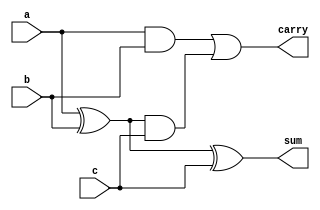
module full_adder_using_half_adder(input a,b,c,output sum,carry);
	 wire w1,w2,w3;
	 xor g1 (w1,a,b);
	 xor g2 (sum,w1,c);
	 and g3 (w2,a,b);
	 and g4 (w3,w1,c);
	 or g5 (carry,w2,w3);
endmodule